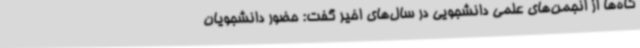
گاه‌ها از انجمن‌های علمی دانشجویی در سال‌های اخیر گفت: حضور دانشجویان